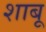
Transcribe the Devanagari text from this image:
शाबू